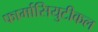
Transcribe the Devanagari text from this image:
फार्मासियुटीकल